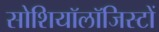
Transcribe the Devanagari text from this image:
सोशियॉलॉजिस्टों